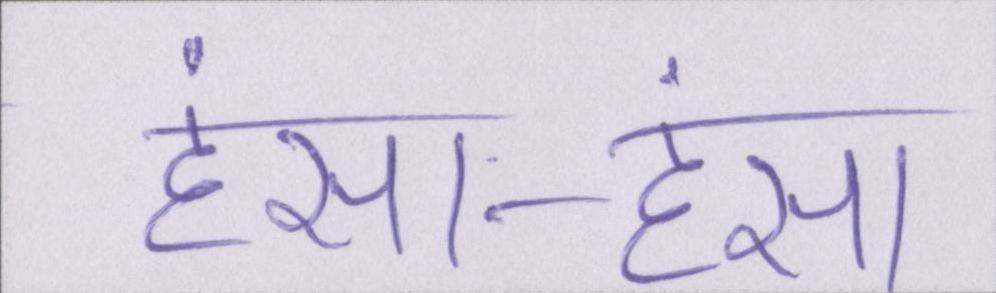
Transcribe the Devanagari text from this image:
हंसा-हंसा